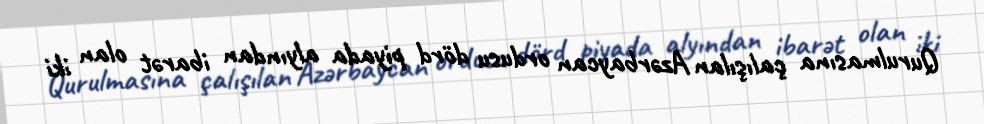
Qurulmasına çalışılan Azərbaycan ordusu dörd piyada alyından ibarət olan iki